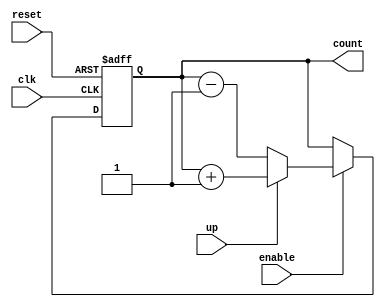
module up_down_counter (
    input wire clk,      // Clock signal
    input wire reset,    // Asynchronous reset signal
    input wire up,       // Control signal for counting direction
    input wire enable,    // Enable signal for counting
    output reg [3:0] count // 4-bit current value of the counter
);

// Asynchronous reset
always @(posedge clk or posedge reset) begin
    if (reset) begin
        count <= 4'b0000; // Reset the counter to 0
    end else if (enable) begin
        if (up) begin
            count <= count + 1; // Increment counter
        end else begin
            count <= count - 1; // Decrement counter
        end
    end
    // If enable is low, the counter retains its value
end

endmodule